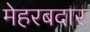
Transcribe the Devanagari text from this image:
मेहरबदार